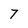
Character: 7